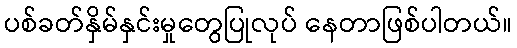
ပစ်ခတ်နှိမ်နှင်းမှုတွေပြုလုပ် နေတာဖြစ်ပါတယ်။